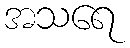
အသရေ